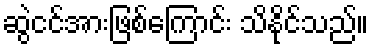
ဆွဲငင်အားဖြစ်ကြောင်း သိနိုင်သည်။